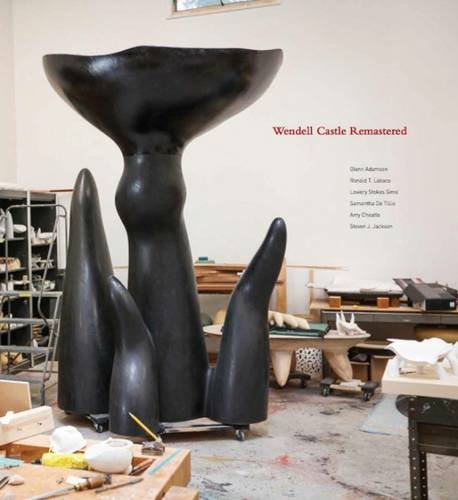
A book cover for Wendell Castle: Remastered; Glenn Adamson; Arts & Photography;